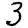
Digit: 3